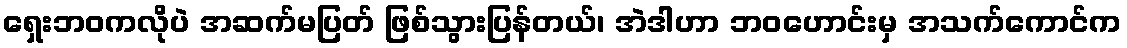
ရှေးဘဝကလိုပဲ အဆက်မပြတ် ဖြစ်သွားပြန်တယ်၊ အဲဒါဟာ ဘဝဟောင်းမှ အသက်ကောင်က